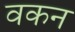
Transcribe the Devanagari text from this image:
वकन